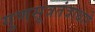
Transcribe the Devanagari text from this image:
गुणसूत्रतंत्राधारे